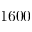
1 6 0 0